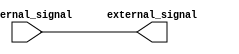
module IO_Buffer (
    input wire internal_signal,
    output reg external_signal
);

wire internal_logic_3v3;
wire external_logic_2v5;

assign internal_logic_3v3 = internal_signal;
assign external_logic_2v5 = external_signal;

// Input Stage
assign external_logic_2v5 = internal_logic_3v3;

// Level Shifters
// code for level shifters goes here

// Control Logic
// code for control logic goes here

endmodule